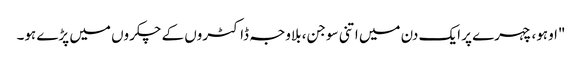
"اوہو، چہرے پر ایک دن میں اتنی سوجن، بلاوجہ ڈاکٹروں کے چکروں میں پڑے ہو۔